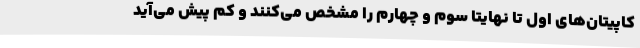
کاپیتان‌های اول تا نهایتا سوم و چهارم را مشخص می‌کنند و کم پیش می‌آید